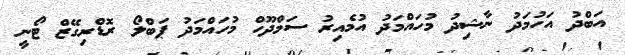
އަބްދު އަހުމަދު ނާޝިދު މުހައްމަދު އުމެއިރު ސަމްދޫހް މުހައްމަދު ޕަބްލޯ ރޮޑްރިގޭޒް ޓޯނީ